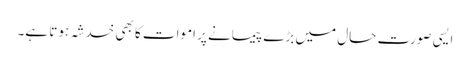
ایسی صورت حال میں بڑے پیمانے پر اموات کا بھی خدشہ ہوتا ہے۔